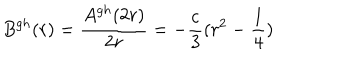
B ^ { g h } ( r ) = \frac { A ^ { g h } ( 2 r ) } { 2 r } = - \frac { \bf c } { 3 } ( r ^ { 2 } - \frac { 1 } { 4 } )